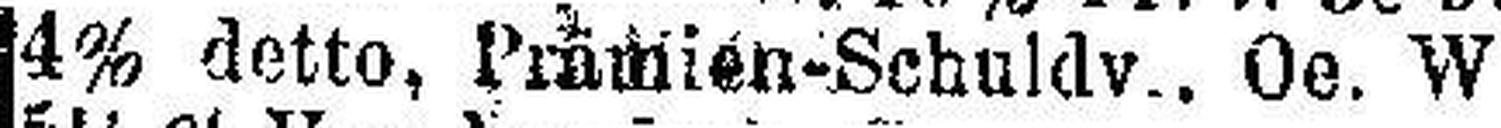
4% detto, Prämien-Schuldv Oe. W